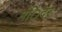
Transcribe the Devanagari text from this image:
मंिदर